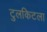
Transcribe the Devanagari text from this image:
टुलकिटला